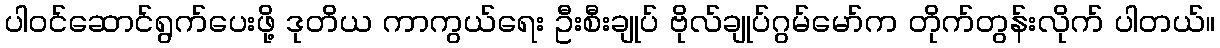
ပါဝင်ဆောင်ရွက်ပေးဖို့ ဒုတိယ ကာကွယ်ရေး ဦးစီးချုပ် ဗိုလ်ချုပ်ဂွမ်မော်က တိုက်တွန်းလိုက် ပါတယ်။